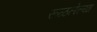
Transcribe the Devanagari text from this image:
रूळलेल्या